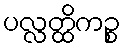
ပလ္လတ္ထိကဉ္စ